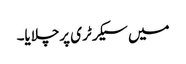
میں سیکرٹری پرچلایا۔